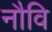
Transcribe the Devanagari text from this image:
नौवि